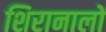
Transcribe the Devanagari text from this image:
शिरानालों